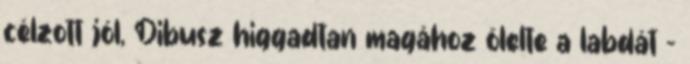
célzott jól, Dibusz higgadtan magához ölelte a labdát –